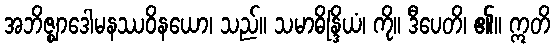
အဘိဇ္ဈာဒေါမနဿဝိနယော၊ သည်။ သမာဓိန္ဒြိယံ၊ ကို။ ဒီပေတိ၊ ၏။ ဣတိ